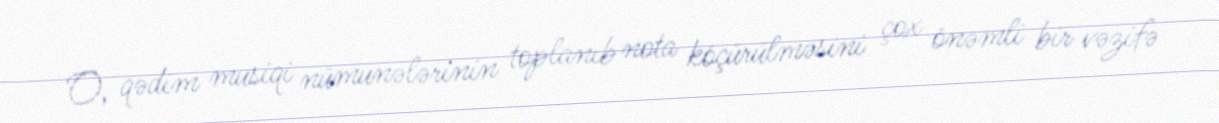
O, qədim musiqi nümunələrinin toplanıb nota köçürülməsini çox önəmli bir vəzifə